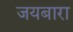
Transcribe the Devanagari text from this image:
जयबारा